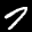
Label: 7